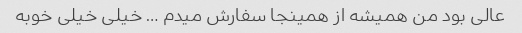
عالی بود من همیشه از همینجا سفارش میدم … خیلی خیلی خوبه